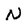
Character: N